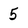
Character: 5